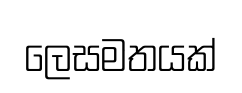
ලෙසමතයක්